Lunatic asylums Punjab 1868-1880 - 1868-1880
Year: 1868
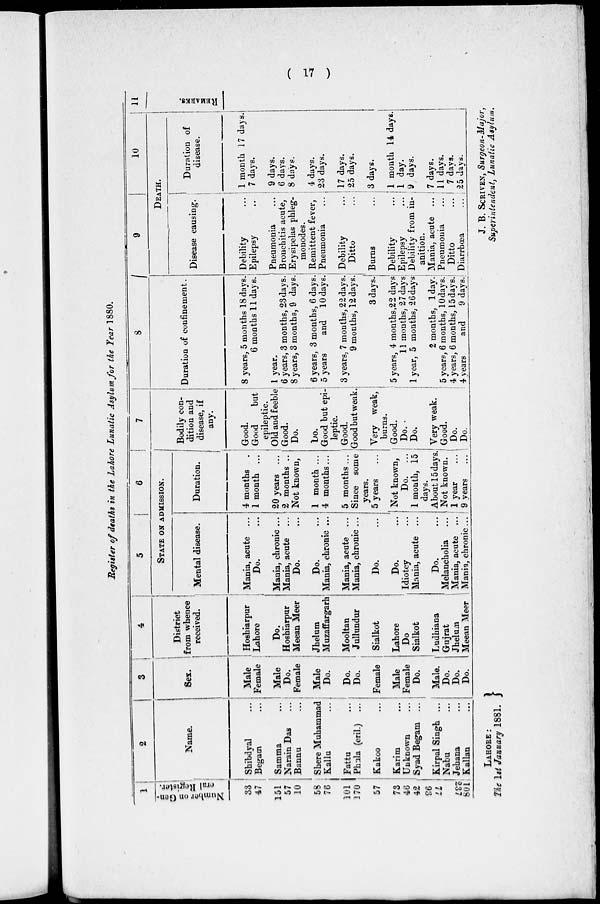
( 17 )
Register of deaths in the Lahore Lunatic Asylum for the Year 1880.
1
Number on Gen-
eral Register.
33
47
151
57
10
58
76
101
170
57
73
46
42
93
77
237
801
2
Name.
Shibdyal ...
Begam ...
Samma ...
Narain Das ...
Bannu ...
Shere Muhammad
Kallu ...
Fattu ...
Phula (eril.) ...
Kakoo ...
Karim ...
Unknown ...
Syad Begam ...
Kirpal Singh ...
Nabu ...
Jehana ...
Kallan ...
3
Sex.
Male
Female
Male
Do.
Female
Male
Do.
Do.
Do.
Female
Male
Female
Do.
Male.
Do.
Do.
Do.
4
District
from whence
received.
Hoshiarpur
Lahore
Do.
Hoshiarpur
Meean Meer
Jhelum
Muzaffargarh
Mooltan
Jullundur
Sialkot
Lahore
Do
Sialkot
Ludhiana
Gujrat
Jhelum
Meean Meer
5
6
STATE ON ADMISSION.
Mental disease.
Mania, acute ...
Do. ...
Mania, chronic ...
Mania, acute ...
Do. ...
Do. ...
Mania, chronic ...
Mania, acute ...
Mania, chronic ...
Do.
...
Do. ...
Idiotcy ...
Mania, acute ...
Do. ...
Melancholia
Mania, acute ...
Mania, chronic...
Duration.
4 months ...
1 month ...
20 years ...
2 months ..
Not known,
1 month ...
4 months ...
5 months ...
Since some
years.
5 years ...
Not known,
Do. ...
1 month, 15
days.
About 15 days.
Not known.
1 year
...
9 years
...
7
Bodily con-
dition and
disease, if
any.
Good.
Good
but
epileptic.
Old and feeble
Good.
Do.
Do.
Good but epi-
leptic.
Good.
Good but weak.
Very weak,
burns.
Good.
Do.
Do.
Very weak.
Good.
Do.
Do.
8
Duration of confinement.
8 years, 5 months 18 days.
6 months 11 days.
1 year.
6 years, 3 months, 23days.
8 years, 3 months, 9 days.
6 years, 3 months, 6 days.
5 years
and 10 days.
3 years 7 months, 22 days.
9 months, 12 days.
3 days.
5 years, 4 months,22 days
11 months, 27days
1 year, 5 months, 26 days
2 months, 1 day.
5 years, 6 months, 10days.
4 years, 6 months, 15 days.
4 years
and
9 days.
9
10
DEATH.
Disease causing.
Debility
...
Epilepsy
...
Pneumonia
...
Bronchitis acute,
Erysipelas phleg-
monodes.
Remittent fever,
Pneumonia ...
Debility ...
Ditto ...
Burns ...
Debility
...
Epilepsy
...
Debility from in-
anition.
Mania, acute ...
Pneumonia
...
Ditto
...
Diarrhœa
...
Duration of
disease.
1 month 17 days.
7 days.
9 days.
6 days.
8 days.
4 days.
23 days.
17 days.
25 days.
3 days.
1 month 14 days.
1 day.
9 days.
7 days.
11 days.
7 days.
25 Days.
11
REMARKS.
LAHORE:
The 1st January 1881.
J. B. SCRIVEN, Surgeon-Major,
Superintendent, Lunatic Asylum.